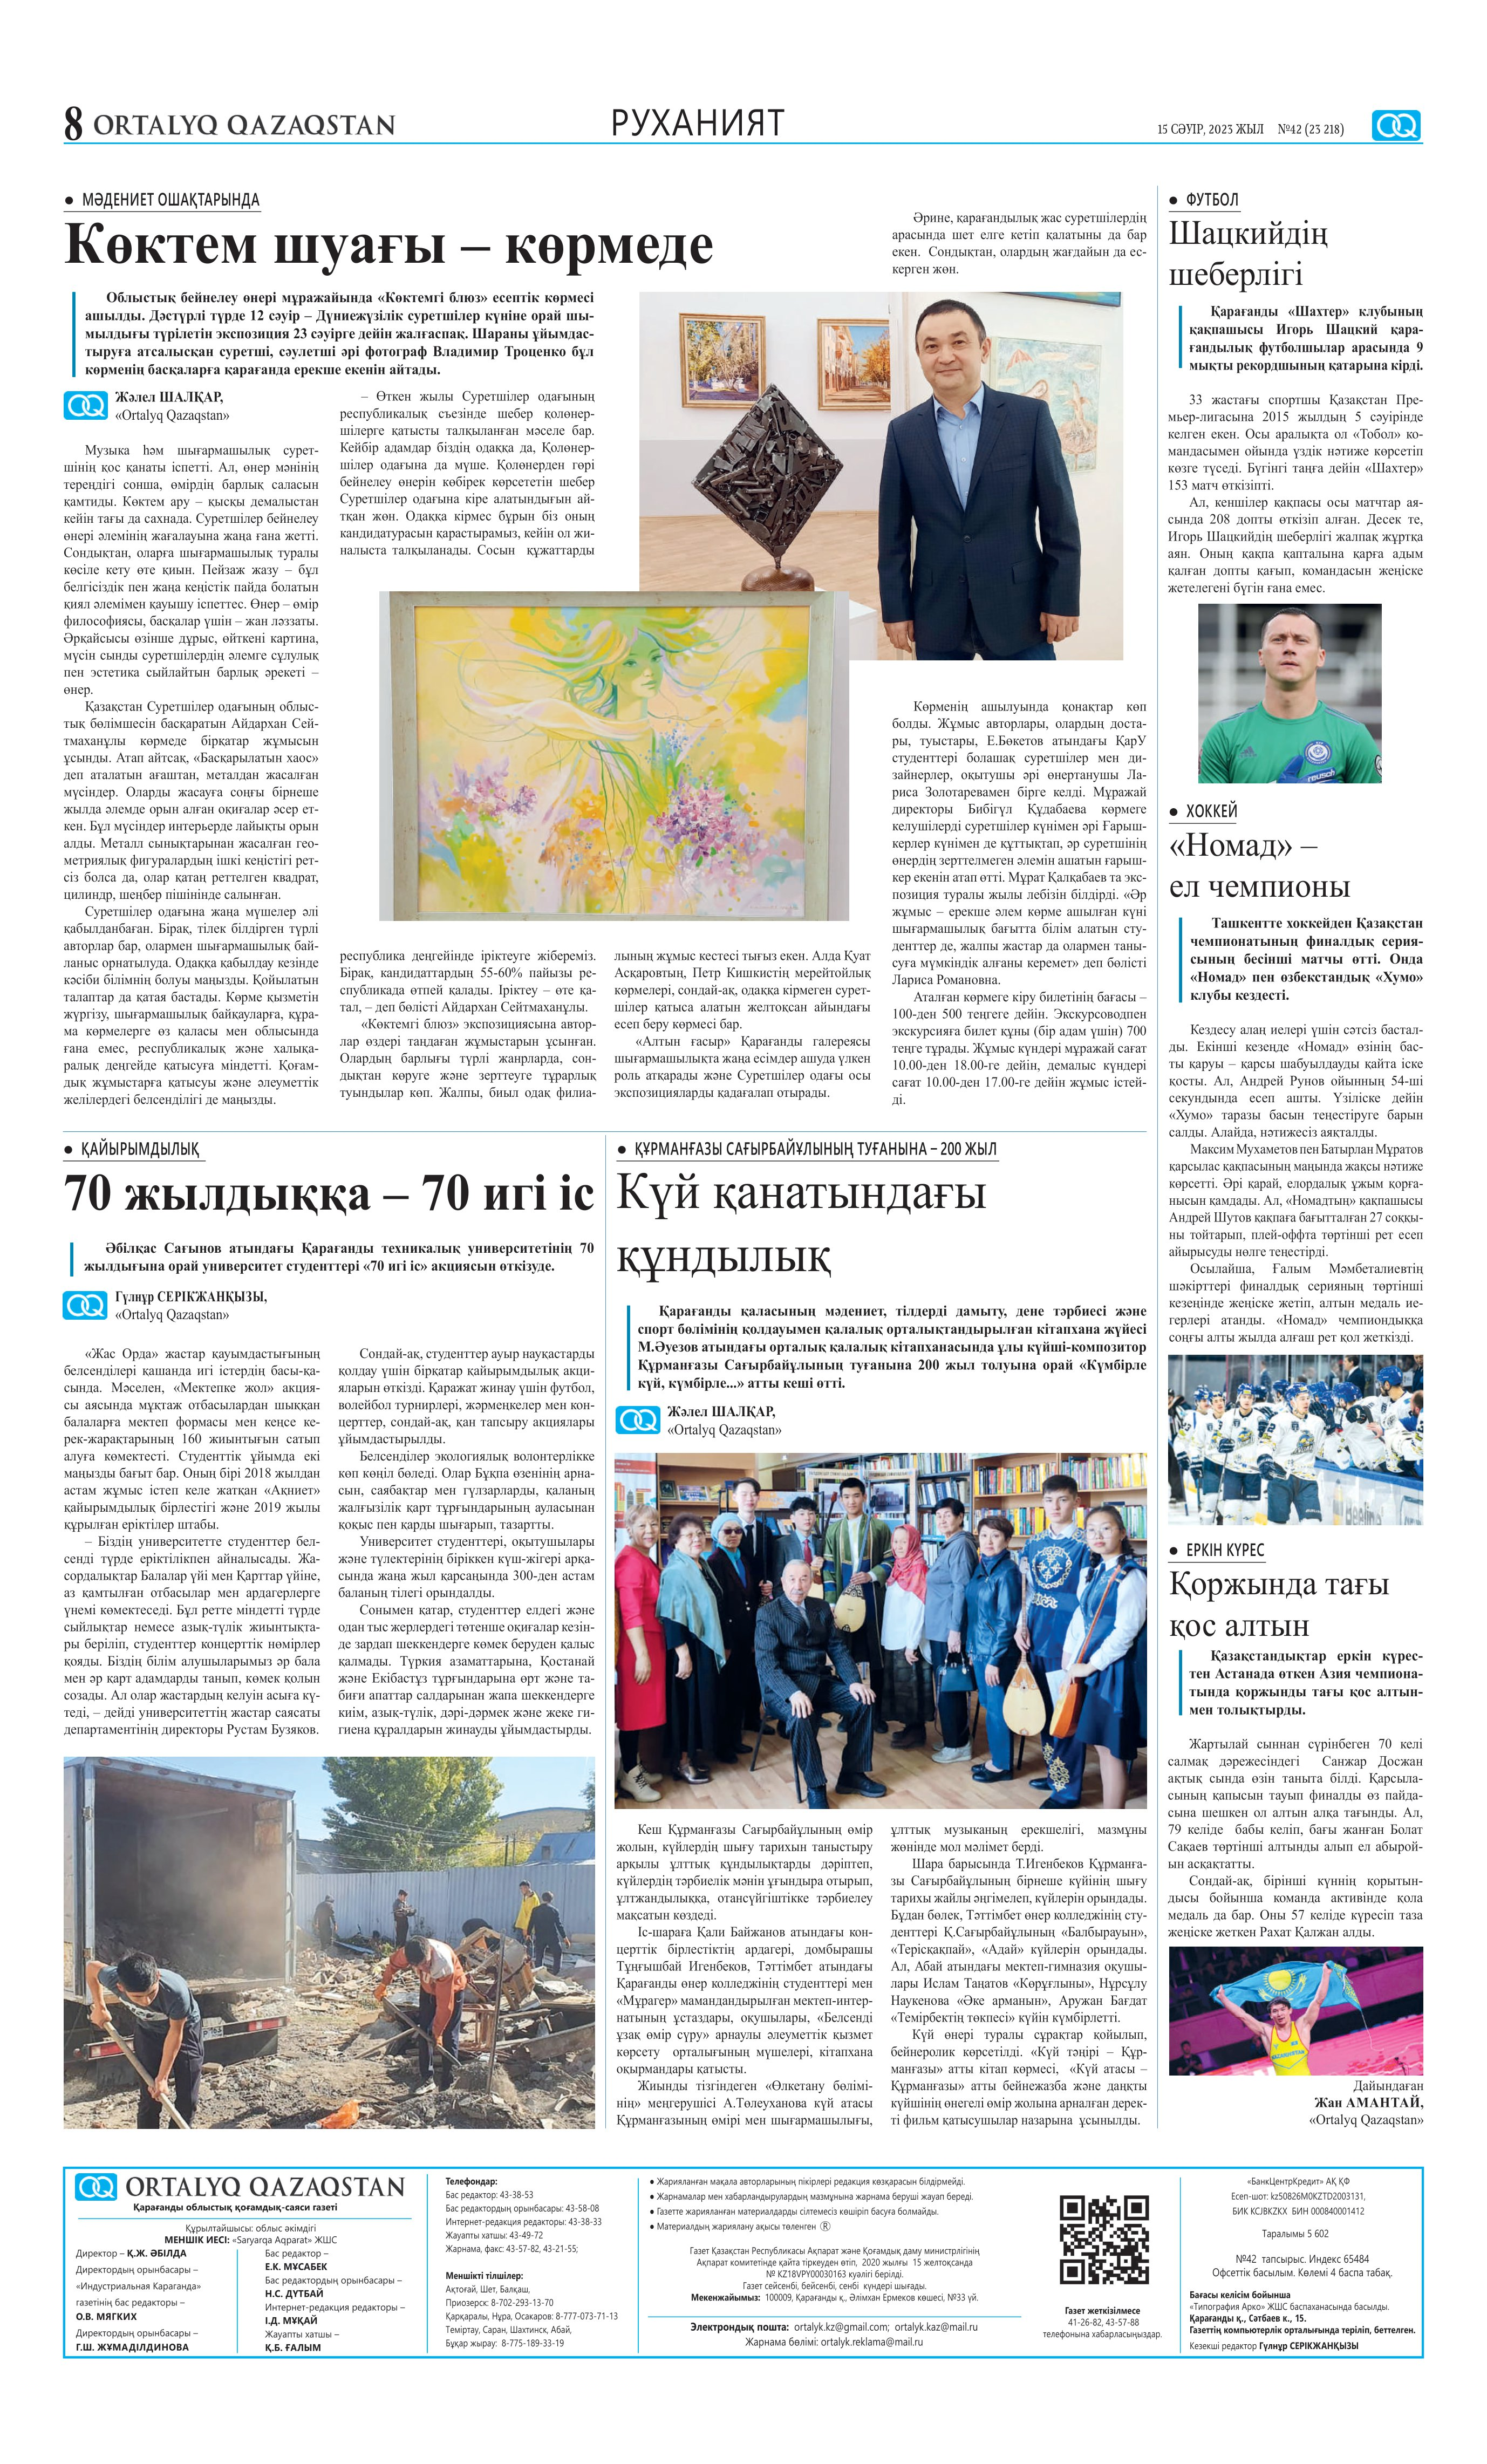
Language: kk